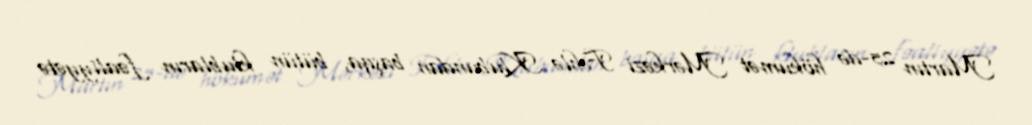
Martın 25-də hökumət Mərkəzi Fəhlə Klubundan başqa, bütün klubların fəaliyyətə